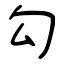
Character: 勾